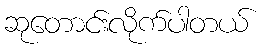
ဆုတောင်းလိုက်ပါတယ်